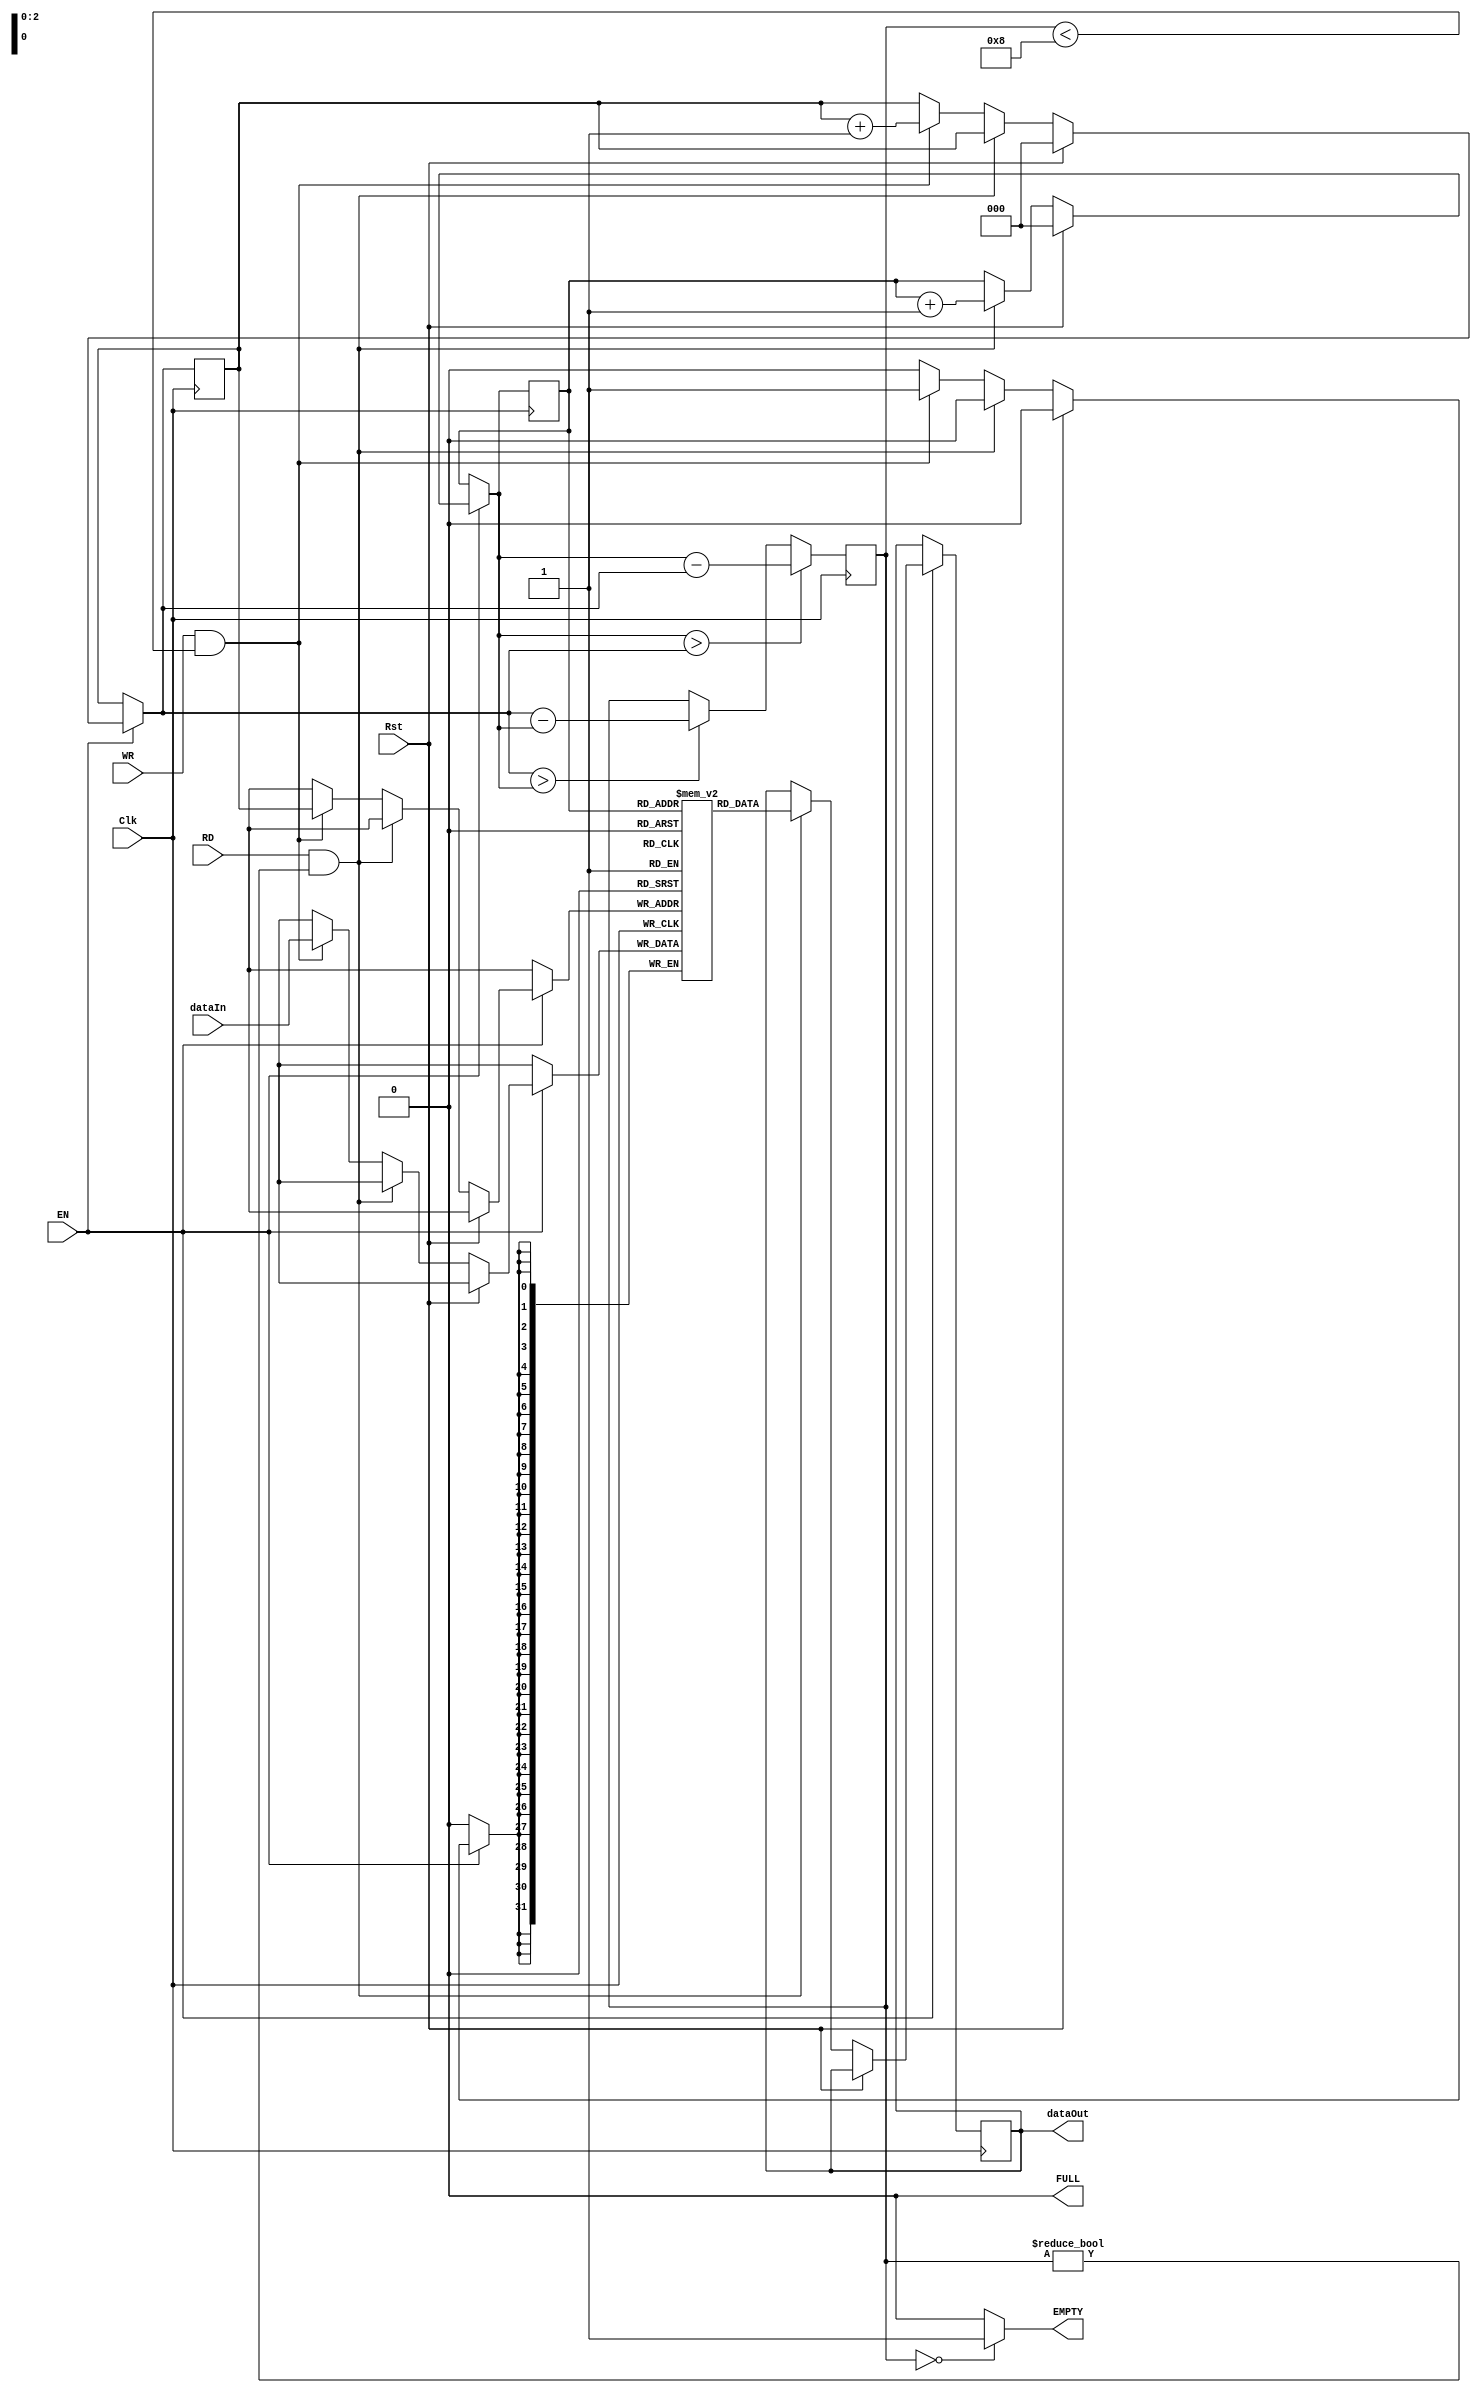
`timescale 1ns / 1ps
//////////////////////////////////////////////////////////////////////////////////
// Company: 
// Engineer: 
// 
// Design Name: 
// Module Name: FIFO
// Project Name: 
// Target Devices: 
// Tool Versions: 
// Description: 
// 
// Dependencies: 
// 
// Revision:
// Revision 0.01 - File Created
// Additional Comments:
// 
//////////////////////////////////////////////////////////////////////////////////


module FIFO( Clk, dataIn, RD, WR, EN, dataOut, Rst,EMPTY, FULL ); 
input  Clk,  RD,  WR,  EN,  Rst;
output  EMPTY,  FULL;
input   [31:0]    dataIn;
output reg [31:0] dataOut; // internal registers 
reg [2:0]  Count = 0; 
reg [31:0] FIFO [0:7]; 
reg [2:0]  readCounter = 0, //rd counter ko 0 set kiye
           writeCounter = 0; //wr counter ko 0 set kiye
assign EMPTY = (Count==0)? 1'b1:1'b0; // agar Ct=0 to empty 1 hoga
assign FULL = (Count==8)? 1'b1:1'b0; //agar ct=8 to full 1 hoga
always @ (posedge Clk) 
begin 
 if (EN==0); 
 else begin 
  if (Rst) begin 
   readCounter = 0; 
   writeCounter = 0; 
  end 
  else if (RD ==1'b1 && Count!=0) begin //
   dataOut  = FIFO[readCounter]; 
   readCounter = readCounter+1; 
  end 
  else if (WR==1'b1 && Count<8) begin
   FIFO[writeCounter]  = dataIn; 
   writeCounter  = writeCounter+1; 
  end 
  else; 
 end 
 if (writeCounter==8) 
  writeCounter=0; 
 else if (readCounter==8) 
  readCounter=0; 
 else;
 if (readCounter > writeCounter) begin 
  Count=readCounter-writeCounter; // DS se padhna h isko!!
 end 
 else if (writeCounter > readCounter) 
  Count=writeCounter-readCounter; 
 else;
end 

endmodule